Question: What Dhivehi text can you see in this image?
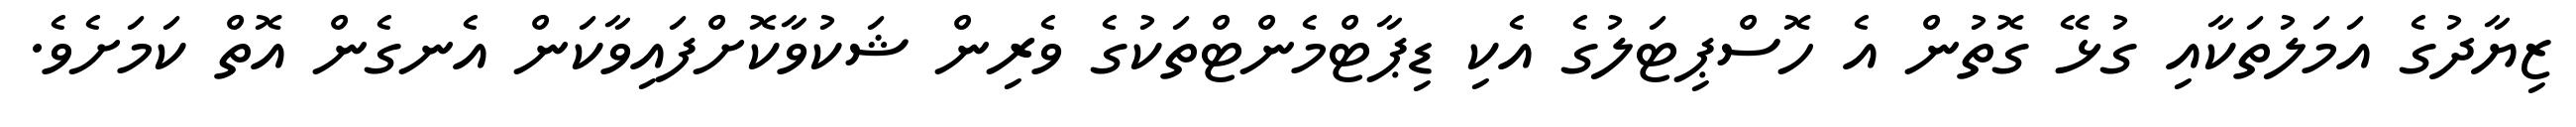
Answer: ޒިޔާދުގެ އަމަލުތަކާއި ގުޅޭ ގޮތުން އެ ހޮސްޕިޓަލުގެ އެކި ޑިޕާޓްމެންޓްތަކުގެ ވެރިން ޝަކުވާކޮށްފައިވާކަން އެނގެން އޮތް ކަމަށެވެ.